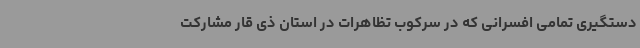
دستگیری تمامی افسرانی که در سرکوب تظاهرات در استان ذی قار مشارکت